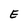
Character: E